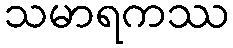
သမာရကဿ